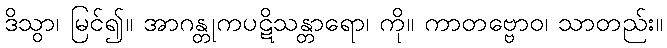
ဒိသွာ၊ မြင်၍။ အာဂန္တုကပဋိသန္တာရော၊ ကို။ ကာတဗ္ဗောဝ၊ သာတည်း။